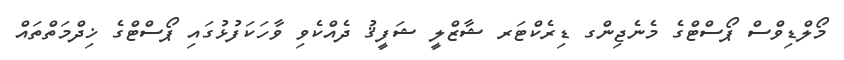
މޯލްޑިވްސް ޕޯސްޓްގެ މެނެޖިންގ ޑިރެކްޓަރ ޝާޒްލީ ޝަފީޤު ދެއްކެވި ވާހަކަފުޅުގައި ޕޯސްޓްގެ ޚިދްމަތްތައް